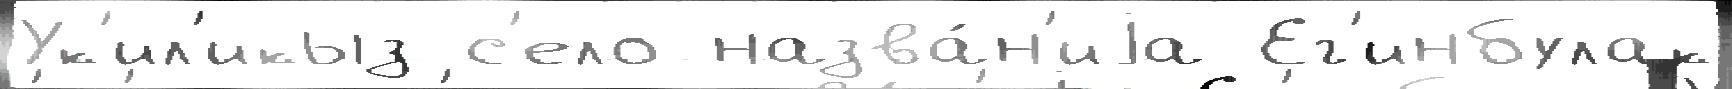
Ук'ил'икыз с'ело назва́н'иjа Ег'инбулак